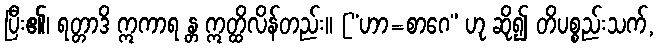
ပြီး၏၊ ရတ္တာဒိ ဣကာရ န္တ ဣတ္ထိလိန်တည်း။ [“ဟာ=စာဂေ” ဟု ဆို၍ တိပစ္စည်းသက်,